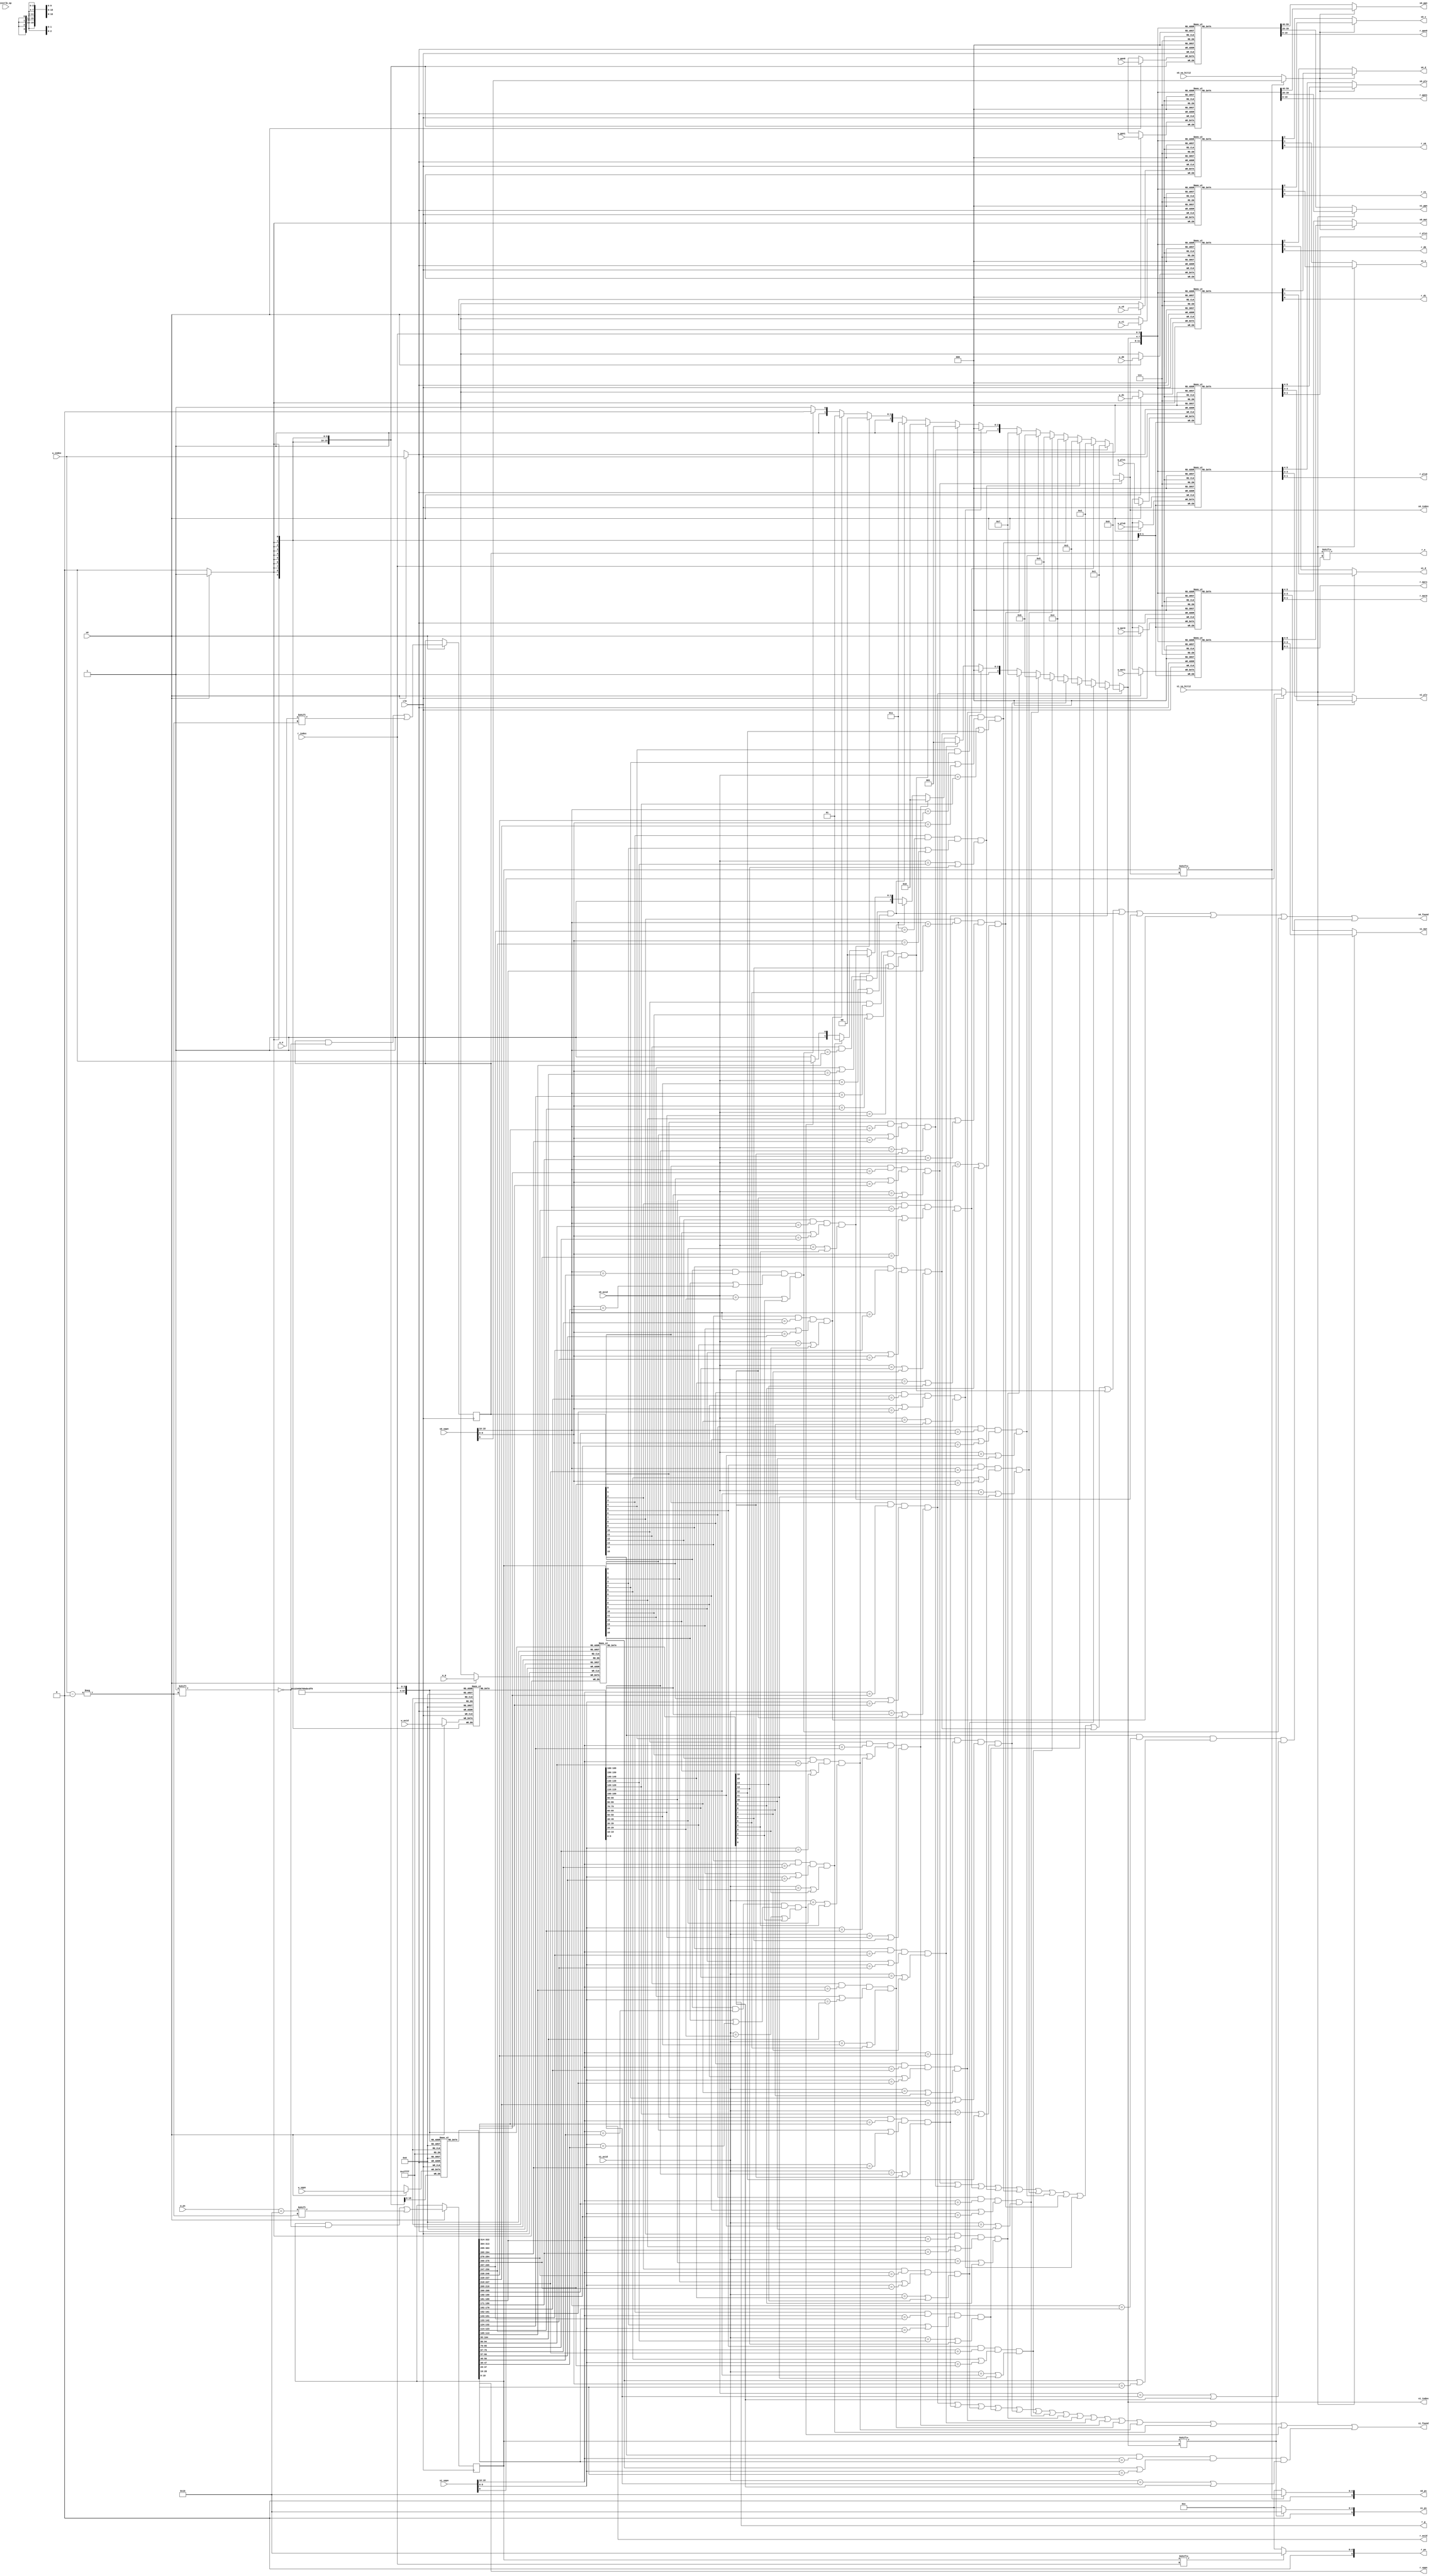
module tlb 
#(
    parameter TLBNUM = 16
)
(
    input clk,

    // search port 0 (for fetch)
    input   [18:0]  s0_vppn,
    input           s0_va_bit12,
    input   [ 9:0]  s0_asid,
    output          s0_found,
    output  [$clog2(TLBNUM)-1:0] s0_index,
    output  [19:0]  s0_ppn,
    output  [ 5:0]  s0_ps,
    output  [ 1:0]  s0_plv,
    output  [ 1:0]  s0_mat,
    output          s0_d,
    output          s0_v,

    // search port 1 (for load/store)
    input   [18:0]  s1_vppn,
    input           s1_va_bit12,
    input   [ 9:0]  s1_asid,
    output          s1_found,
    output  [$clog2(TLBNUM)-1:0] s1_index,
    output  [19:0]  s1_ppn,
    output  [ 5:0]  s1_ps,
    output  [ 1:0]  s1_plv,
    output  [ 1:0]  s1_mat,
    output          s1_d,
    output          s1_v,

    // invtlb opcode
    input   [ 4:0]  invtlb_op,

    // write port
    input we, //w(rite) e(nable)
    input [$clog2(TLBNUM)-1:0] w_index,
    input           w_e,
    input   [18:0]  w_vppn,
    input   [ 5:0]  w_ps,
    input   [ 9:0]  w_asid,
    input           w_g,
    input   [19:0]  w_ppn0,
    input   [ 1:0]  w_plv0,
    input   [ 1:0]  w_mat0,
    input           w_d0,
    input           w_v0,
    input   [19:0]  w_ppn1,
    input   [ 1:0]  w_plv1,
    input   [ 1:0]  w_mat1,
    input           w_d1,
    input           w_v1,

    // read port
    input   [$clog2(TLBNUM)-1:0] r_index,
    output          r_e,
    output  [18:0]  r_vppn,
    output  [ 5:0]  r_ps,
    output  [ 9:0]  r_asid,
    output          r_g,
    output  [19:0]  r_ppn0,
    output  [ 1:0]  r_plv0,
    output  [ 1:0]  r_mat0,
    output          r_d0,
    output          r_v0,
    output  [19:0]  r_ppn1,
    output  [ 1:0]  r_plv1,
    output  [ 1:0]  r_mat1,
    output          r_d1,
    output          r_v1
);

reg [TLBNUM-1:0] tlb_e;
reg [TLBNUM-1:0] tlb_ps4MB; //pagesize 1:4MB, 0:4KB
reg [18:0]  tlb_vppn    [TLBNUM-1:0];
reg [ 9:0]  tlb_asid    [TLBNUM-1:0];
reg         tlb_g       [TLBNUM-1:0];
reg [19:0]  tlb_ppn0    [TLBNUM-1:0];
reg [ 1:0]  tlb_plv0    [TLBNUM-1:0];
reg [ 1:0]  tlb_mat0    [TLBNUM-1:0];
reg         tlb_d0      [TLBNUM-1:0];
reg         tlb_v0      [TLBNUM-1:0];
reg [19:0]  tlb_ppn1    [TLBNUM-1:0];
reg [ 1:0]  tlb_plv1    [TLBNUM-1:0];
reg [ 1:0]  tlb_mat1    [TLBNUM-1:0];
reg         tlb_d1      [TLBNUM-1:0];
reg         tlb_v1      [TLBNUM-1:0];

wire [TLBNUM-1:0] match0;
wire [TLBNUM-1:0] match1;

wire [18:0] vppn_cmp0 ;
wire [18:0] vppn_cmp1 ;
wire [18:0] vppn_cmp2 ;
wire [18:0] vppn_cmp3 ;
wire [18:0] vppn_cmp4 ;
wire [18:0] vppn_cmp5 ;
wire [18:0] vppn_cmp6 ;
wire [18:0] vppn_cmp7 ;
wire [18:0] vppn_cmp8 ;
wire [18:0] vppn_cmp9 ;
wire [18:0] vppn_cmp10;
wire [18:0] vppn_cmp11;
wire [18:0] vppn_cmp12;
wire [18:0] vppn_cmp13;
wire [18:0] vppn_cmp14;
wire [18:0] vppn_cmp15;

assign vppn_cmp0  = tlb_vppn[ 0];
assign vppn_cmp1  = tlb_vppn[ 1];
assign vppn_cmp2  = tlb_vppn[ 2];
assign vppn_cmp3  = tlb_vppn[ 3];
assign vppn_cmp4  = tlb_vppn[ 4];
assign vppn_cmp5  = tlb_vppn[ 5];
assign vppn_cmp6  = tlb_vppn[ 6];
assign vppn_cmp7  = tlb_vppn[ 7];
assign vppn_cmp8  = tlb_vppn[ 8];
assign vppn_cmp9  = tlb_vppn[ 9];
assign vppn_cmp10 = tlb_vppn[10];
assign vppn_cmp11 = tlb_vppn[11];
assign vppn_cmp12 = tlb_vppn[12];
assign vppn_cmp13 = tlb_vppn[13];
assign vppn_cmp14 = tlb_vppn[14];
assign vppn_cmp15 = tlb_vppn[15];

// Search Port
assign match0[ 0] = tlb_e[ 0] && (s0_vppn[18:10]==vppn_cmp0 [18:10]) && (tlb_ps4MB[ 0] || s0_vppn[9:0]==vppn_cmp0 [9:0]) && ((s0_asid==tlb_asid[ 0]) || tlb_g[ 0]);
assign match0[ 1] = tlb_e[ 1] && (s0_vppn[18:10]==vppn_cmp1 [18:10]) && (tlb_ps4MB[ 1] || s0_vppn[9:0]==vppn_cmp1 [9:0]) && ((s0_asid==tlb_asid[ 1]) || tlb_g[ 1]);
assign match0[ 2] = tlb_e[ 2] && (s0_vppn[18:10]==vppn_cmp2 [18:10]) && (tlb_ps4MB[ 2] || s0_vppn[9:0]==vppn_cmp2 [9:0]) && ((s0_asid==tlb_asid[ 2]) || tlb_g[ 2]);
assign match0[ 3] = tlb_e[ 3] && (s0_vppn[18:10]==vppn_cmp3 [18:10]) && (tlb_ps4MB[ 3] || s0_vppn[9:0]==vppn_cmp3 [9:0]) && ((s0_asid==tlb_asid[ 3]) || tlb_g[ 3]);
assign match0[ 4] = tlb_e[ 4] && (s0_vppn[18:10]==vppn_cmp4 [18:10]) && (tlb_ps4MB[ 4] || s0_vppn[9:0]==vppn_cmp4 [9:0]) && ((s0_asid==tlb_asid[ 4]) || tlb_g[ 4]);
assign match0[ 5] = tlb_e[ 5] && (s0_vppn[18:10]==vppn_cmp5 [18:10]) && (tlb_ps4MB[ 5] || s0_vppn[9:0]==vppn_cmp5 [9:0]) && ((s0_asid==tlb_asid[ 5]) || tlb_g[ 5]);
assign match0[ 6] = tlb_e[ 6] && (s0_vppn[18:10]==vppn_cmp6 [18:10]) && (tlb_ps4MB[ 6] || s0_vppn[9:0]==vppn_cmp6 [9:0]) && ((s0_asid==tlb_asid[ 6]) || tlb_g[ 6]);
assign match0[ 7] = tlb_e[ 7] && (s0_vppn[18:10]==vppn_cmp7 [18:10]) && (tlb_ps4MB[ 7] || s0_vppn[9:0]==vppn_cmp7 [9:0]) && ((s0_asid==tlb_asid[ 7]) || tlb_g[ 7]);
assign match0[ 8] = tlb_e[ 8] && (s0_vppn[18:10]==vppn_cmp8 [18:10]) && (tlb_ps4MB[ 8] || s0_vppn[9:0]==vppn_cmp8 [9:0]) && ((s0_asid==tlb_asid[ 8]) || tlb_g[ 8]);
assign match0[ 9] = tlb_e[ 9] && (s0_vppn[18:10]==vppn_cmp9 [18:10]) && (tlb_ps4MB[ 9] || s0_vppn[9:0]==vppn_cmp9 [9:0]) && ((s0_asid==tlb_asid[ 9]) || tlb_g[ 9]);
assign match0[10] = tlb_e[10] && (s0_vppn[18:10]==vppn_cmp10[18:10]) && (tlb_ps4MB[10] || s0_vppn[9:0]==vppn_cmp10[9:0]) && ((s0_asid==tlb_asid[10]) || tlb_g[10]);
assign match0[11] = tlb_e[11] && (s0_vppn[18:10]==vppn_cmp11[18:10]) && (tlb_ps4MB[11] || s0_vppn[9:0]==vppn_cmp11[9:0]) && ((s0_asid==tlb_asid[11]) || tlb_g[11]);
assign match0[12] = tlb_e[12] && (s0_vppn[18:10]==vppn_cmp12[18:10]) && (tlb_ps4MB[12] || s0_vppn[9:0]==vppn_cmp12[9:0]) && ((s0_asid==tlb_asid[12]) || tlb_g[12]);
assign match0[13] = tlb_e[13] && (s0_vppn[18:10]==vppn_cmp13[18:10]) && (tlb_ps4MB[13] || s0_vppn[9:0]==vppn_cmp13[9:0]) && ((s0_asid==tlb_asid[13]) || tlb_g[13]);
assign match0[14] = tlb_e[14] && (s0_vppn[18:10]==vppn_cmp14[18:10]) && (tlb_ps4MB[14] || s0_vppn[9:0]==vppn_cmp14[9:0]) && ((s0_asid==tlb_asid[14]) || tlb_g[14]);
assign match0[15] = tlb_e[15] && (s0_vppn[18:10]==vppn_cmp15[18:10]) && (tlb_ps4MB[15] || s0_vppn[9:0]==vppn_cmp15[9:0]) && ((s0_asid==tlb_asid[15]) || tlb_g[15]);

assign match1[ 0] = tlb_e[ 0] && (s1_vppn[18:10]==vppn_cmp0 [18:10]) && (tlb_ps4MB[ 0] || s1_vppn[9:0]==vppn_cmp0 [9:0]) && ((s1_asid==tlb_asid[ 0]) || tlb_g[ 0]);
assign match1[ 1] = tlb_e[ 1] && (s1_vppn[18:10]==vppn_cmp1 [18:10]) && (tlb_ps4MB[ 1] || s1_vppn[9:0]==vppn_cmp1 [9:0]) && ((s1_asid==tlb_asid[ 1]) || tlb_g[ 1]);
assign match1[ 2] = tlb_e[ 2] && (s1_vppn[18:10]==vppn_cmp2 [18:10]) && (tlb_ps4MB[ 2] || s1_vppn[9:0]==vppn_cmp2 [9:0]) && ((s1_asid==tlb_asid[ 2]) || tlb_g[ 2]);
assign match1[ 3] = tlb_e[ 3] && (s1_vppn[18:10]==vppn_cmp3 [18:10]) && (tlb_ps4MB[ 3] || s1_vppn[9:0]==vppn_cmp3 [9:0]) && ((s1_asid==tlb_asid[ 3]) || tlb_g[ 3]);
assign match1[ 4] = tlb_e[ 4] && (s1_vppn[18:10]==vppn_cmp4 [18:10]) && (tlb_ps4MB[ 4] || s1_vppn[9:0]==vppn_cmp4 [9:0]) && ((s1_asid==tlb_asid[ 4]) || tlb_g[ 4]);
assign match1[ 5] = tlb_e[ 5] && (s1_vppn[18:10]==vppn_cmp5 [18:10]) && (tlb_ps4MB[ 5] || s1_vppn[9:0]==vppn_cmp5 [9:0]) && ((s1_asid==tlb_asid[ 5]) || tlb_g[ 5]);
assign match1[ 6] = tlb_e[ 6] && (s1_vppn[18:10]==vppn_cmp6 [18:10]) && (tlb_ps4MB[ 6] || s1_vppn[9:0]==vppn_cmp6 [9:0]) && ((s1_asid==tlb_asid[ 6]) || tlb_g[ 6]);
assign match1[ 7] = tlb_e[ 7] && (s1_vppn[18:10]==vppn_cmp7 [18:10]) && (tlb_ps4MB[ 7] || s1_vppn[9:0]==vppn_cmp7 [9:0]) && ((s1_asid==tlb_asid[ 7]) || tlb_g[ 7]);
assign match1[ 8] = tlb_e[ 8] && (s1_vppn[18:10]==vppn_cmp8 [18:10]) && (tlb_ps4MB[ 8] || s1_vppn[9:0]==vppn_cmp8 [9:0]) && ((s1_asid==tlb_asid[ 8]) || tlb_g[ 8]);
assign match1[ 9] = tlb_e[ 9] && (s1_vppn[18:10]==vppn_cmp9 [18:10]) && (tlb_ps4MB[ 9] || s1_vppn[9:0]==vppn_cmp9 [9:0]) && ((s1_asid==tlb_asid[ 9]) || tlb_g[ 9]);
assign match1[10] = tlb_e[10] && (s1_vppn[18:10]==vppn_cmp10[18:10]) && (tlb_ps4MB[10] || s1_vppn[9:0]==vppn_cmp10[9:0]) && ((s1_asid==tlb_asid[10]) || tlb_g[10]);
assign match1[11] = tlb_e[11] && (s1_vppn[18:10]==vppn_cmp11[18:10]) && (tlb_ps4MB[11] || s1_vppn[9:0]==vppn_cmp11[9:0]) && ((s1_asid==tlb_asid[11]) || tlb_g[11]);
assign match1[12] = tlb_e[12] && (s1_vppn[18:10]==vppn_cmp12[18:10]) && (tlb_ps4MB[12] || s1_vppn[9:0]==vppn_cmp12[9:0]) && ((s1_asid==tlb_asid[12]) || tlb_g[12]);
assign match1[13] = tlb_e[13] && (s1_vppn[18:10]==vppn_cmp13[18:10]) && (tlb_ps4MB[13] || s1_vppn[9:0]==vppn_cmp13[9:0]) && ((s1_asid==tlb_asid[13]) || tlb_g[13]);
assign match1[14] = tlb_e[14] && (s1_vppn[18:10]==vppn_cmp14[18:10]) && (tlb_ps4MB[14] || s1_vppn[9:0]==vppn_cmp14[9:0]) && ((s1_asid==tlb_asid[14]) || tlb_g[14]);
assign match1[15] = tlb_e[15] && (s1_vppn[18:10]==vppn_cmp15[18:10]) && (tlb_ps4MB[15] || s1_vppn[9:0]==vppn_cmp15[9:0]) && ((s1_asid==tlb_asid[15]) || tlb_g[15]);

assign s0_found = match0[0] || match0[1] || match0[2] || match0[3] || match0[4] || match0[5] || match0[6] || match0[7] || match0[8] || match0[9] || match0[10] || match0[11] || match0[12] || match0[13] || match0[14] || match0[15];
assign s1_found = match1[0] || match1[1] || match1[2] || match1[3] || match1[4] || match1[5] || match1[6] || match1[7] || match1[8] || match1[9] || match1[10] || match1[11] || match1[12] || match1[13] || match1[14] || match1[15];

assign s0_index =   match0[ 0] ?   0 :
                    match0[ 1] ?   1 :
                    match0[ 2] ?   2 :
                    match0[ 3] ?   3 :
                    match0[ 4] ?   4 :
                    match0[ 5] ?   5 :
                    match0[ 6] ?   6 :
                    match0[ 7] ?   7 :
                    match0[ 8] ?   8 :
                    match0[ 9] ?   9 :
                    match0[10] ?  10 :
                    match0[11] ?  11 :
                    match0[12] ?  12 :
                    match0[13] ?  13 :
                    match0[14] ?  14 :
                  /*match0[15]*/  15 ;
assign s1_index =   match1[ 0] ?   0 :
                    match1[ 1] ?   1 :
                    match1[ 2] ?   2 :
                    match1[ 3] ?   3 :
                    match1[ 4] ?   4 :
                    match1[ 5] ?   5 :
                    match1[ 6] ?   6 :
                    match1[ 7] ?   7 :
                    match1[ 8] ?   8 :
                    match1[ 9] ?   9 :
                    match1[10] ?  10 :
                    match1[11] ?  11 :
                    match1[12] ?  12 :
                    match1[13] ?  13 :
                    match1[14] ?  14 :
                  /*match1[15]*/  15 ;
wire sel_ppn0;
wire sel_ppn1;
assign sel_ppn0 = tlb_ps4MB[s0_index] ? s0_vppn[9] :
                                        s0_va_bit12;
assign sel_ppn1 = tlb_ps4MB[s1_index] ? s1_vppn[9] :
                                        s1_va_bit12; 
assign s0_ppn   = sel_ppn0 ? tlb_ppn1[s0_index] : tlb_ppn0[s0_index];
assign s1_ppn   = sel_ppn1 ? tlb_ppn1[s1_index] : tlb_ppn0[s1_index];
assign s0_plv   = sel_ppn0 ? tlb_plv1[s0_index] : tlb_plv0[s0_index];
assign s1_plv   = sel_ppn1 ? tlb_plv1[s1_index] : tlb_plv0[s1_index];
assign s0_ps    = tlb_ps4MB[s0_index] ? 22 : 12;
assign s1_ps    = tlb_ps4MB[s1_index] ? 22 : 12;
assign s0_mat   = sel_ppn0 ? tlb_mat1[s0_index] : tlb_mat0[s0_index];
assign s1_mat   = sel_ppn1 ? tlb_mat1[s1_index] : tlb_mat0[s1_index];
assign s0_d     = sel_ppn0 ? tlb_d1  [s0_index] : tlb_d0  [s0_index];
assign s1_d     = sel_ppn1 ? tlb_d1  [s1_index] : tlb_d0  [s1_index];
assign s0_v     = sel_ppn0 ? tlb_v1  [s0_index] : tlb_v0  [s0_index];
assign s1_v     = sel_ppn1 ? tlb_v1  [s1_index] : tlb_v0  [s1_index];

// Write Port
always @(posedge clk) begin
    if(we) begin
        tlb_e   [w_index] <= w_e    ;
        tlb_ps4MB[w_index] <= w_ps == 22;
        tlb_vppn[w_index] <= w_vppn ;
        tlb_asid[w_index] <= w_asid ;
        tlb_g   [w_index] <= w_g    ;
        tlb_ppn0[w_index] <= w_ppn0 ;
        tlb_plv0[w_index] <= w_plv0 ;
        tlb_mat0[w_index] <= w_mat0 ;
        tlb_d0  [w_index] <= w_d0   ;
        tlb_v0  [w_index] <= w_v0   ;
        tlb_ppn1[w_index] <= w_ppn1 ;
        tlb_plv1[w_index] <= w_plv1 ;
        tlb_mat1[w_index] <= w_mat1 ;
        tlb_d1  [w_index] <= w_d1   ;
        tlb_v1  [w_index] <= w_v1   ;
    end
end

// Read Port
assign r_e    = tlb_e   [r_index];
assign r_vppn = tlb_vppn[r_index];
assign r_ps   = tlb_ps4MB[r_index] ? 6'd22 : 6'd12;
assign r_asid = tlb_asid[r_index];
assign r_g    = tlb_g   [r_index];
assign r_ppn0 = tlb_ppn0[r_index];
assign r_plv0 = tlb_plv0[r_index];
assign r_mat0 = tlb_mat0[r_index];
assign r_d0   = tlb_d0  [r_index];
assign r_v0   = tlb_v0  [r_index];
assign r_ppn1 = tlb_ppn1[r_index];
assign r_plv1 = tlb_plv1[r_index];
assign r_mat1 = tlb_mat1[r_index];
assign r_d1   = tlb_d1  [r_index];
assign r_v1   = tlb_v1  [r_index];

endmodule